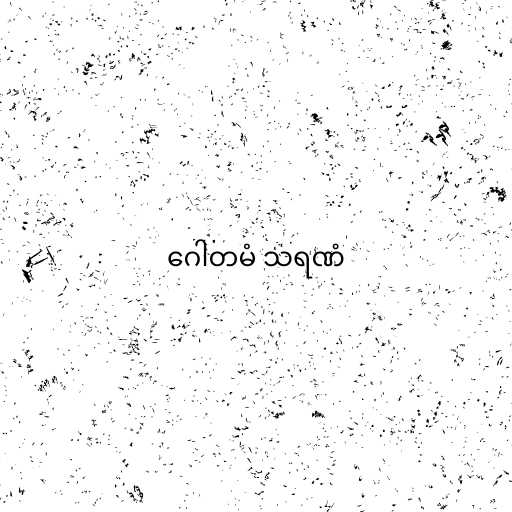
ဂေါတမံ သရဏံ